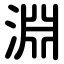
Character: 淵